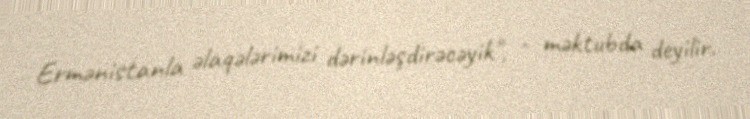
Ermənistanla əlaqələrimizi dərinləşdirəcəyik", - məktubda deyilir.